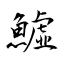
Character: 鱋